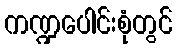
ကဏ္ဍပေါင်းစုံတွင်